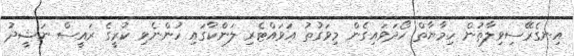
އިނގެރޭސިވިލާތުން ހިމާޔާތް ހޯދަވައިގެން މިވަގުތު އަވައްޓެރި ލަންކާގައި ހުންނެވި ކުރީގެ ރައީސް ނަޝީދު